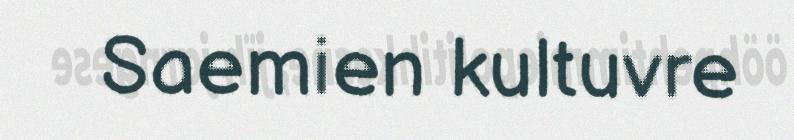
Saemien kultuvre